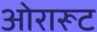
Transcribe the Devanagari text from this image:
ओरारूट